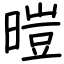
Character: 暟